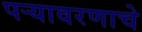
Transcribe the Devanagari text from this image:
पऱ्यावरणाचे